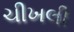
ચીખલી